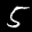
Label: 5